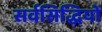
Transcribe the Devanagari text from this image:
सर्वसिद्धियों